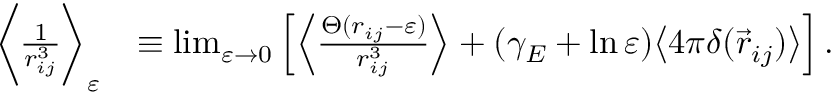
\begin{array} { r l } { \bigg \langle \frac { 1 } { r _ { i j } ^ { 3 } } \bigg \rangle _ { \varepsilon } } & { \equiv \operatorname* { l i m } _ { \varepsilon \rightarrow 0 } \left[ \left\langle \frac { \Theta ( r _ { i j } - \varepsilon ) } { r _ { i j } ^ { 3 } } \right\rangle + ( \gamma _ { E } + \ln \varepsilon ) \big \langle 4 \pi \delta ( \vec { r } _ { i j } ) \big \rangle \right] . } \end{array}